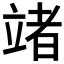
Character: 𥪤